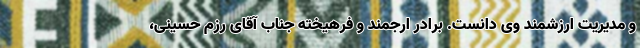
و مدیریت ارزشمند وی دانست. برادر ارجمند و فرهیخته جناب آقای رزم حسینی،